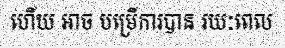
ហើយ អាច បម្រើការបាន រយៈពេល